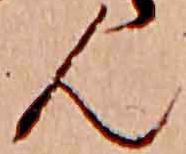
ん